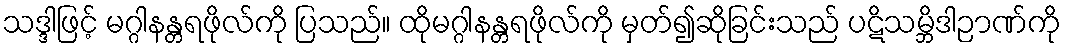
သဒ္ဒါဖြင့် မဂ္ဂါနန္တရဖိုလ်ကို ပြသည်။ ထိုမဂ္ဂါနန္တရဖိုလ်ကို မှတ်၍ဆိုခြင်းသည် ပဋိသမ္ဘိဒါဉာဏ်ကို